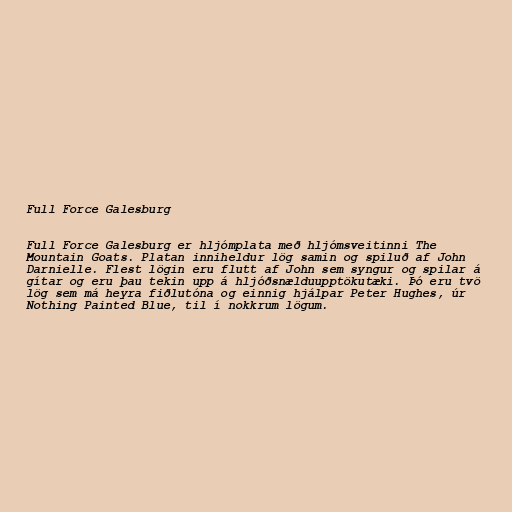
Full Force Galesburg

Full Force Galesburg er hljómplata með hljómsveitinni The
Mountain Goats. Platan inniheldur lög samin og spiluð af John
Darnielle. Flest lögin eru flutt af John sem syngur og spilar á
gítar og eru þau tekin upp á hljóðsnælduupptökutæki. Þó eru tvö
lög sem má heyra fiðlutóna og einnig hjálpar Peter Hughes, úr
Nothing Painted Blue, til í nokkrum lögum.